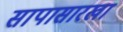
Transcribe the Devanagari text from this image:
सापासारखा